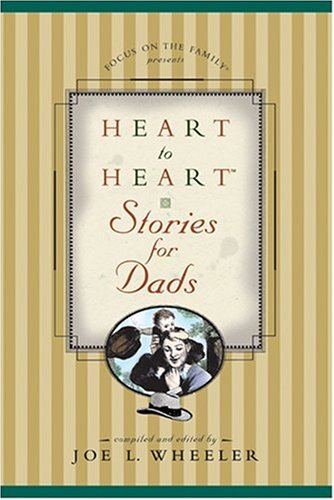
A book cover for Heart to Heart Stories for Dads; Religion & Spirituality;